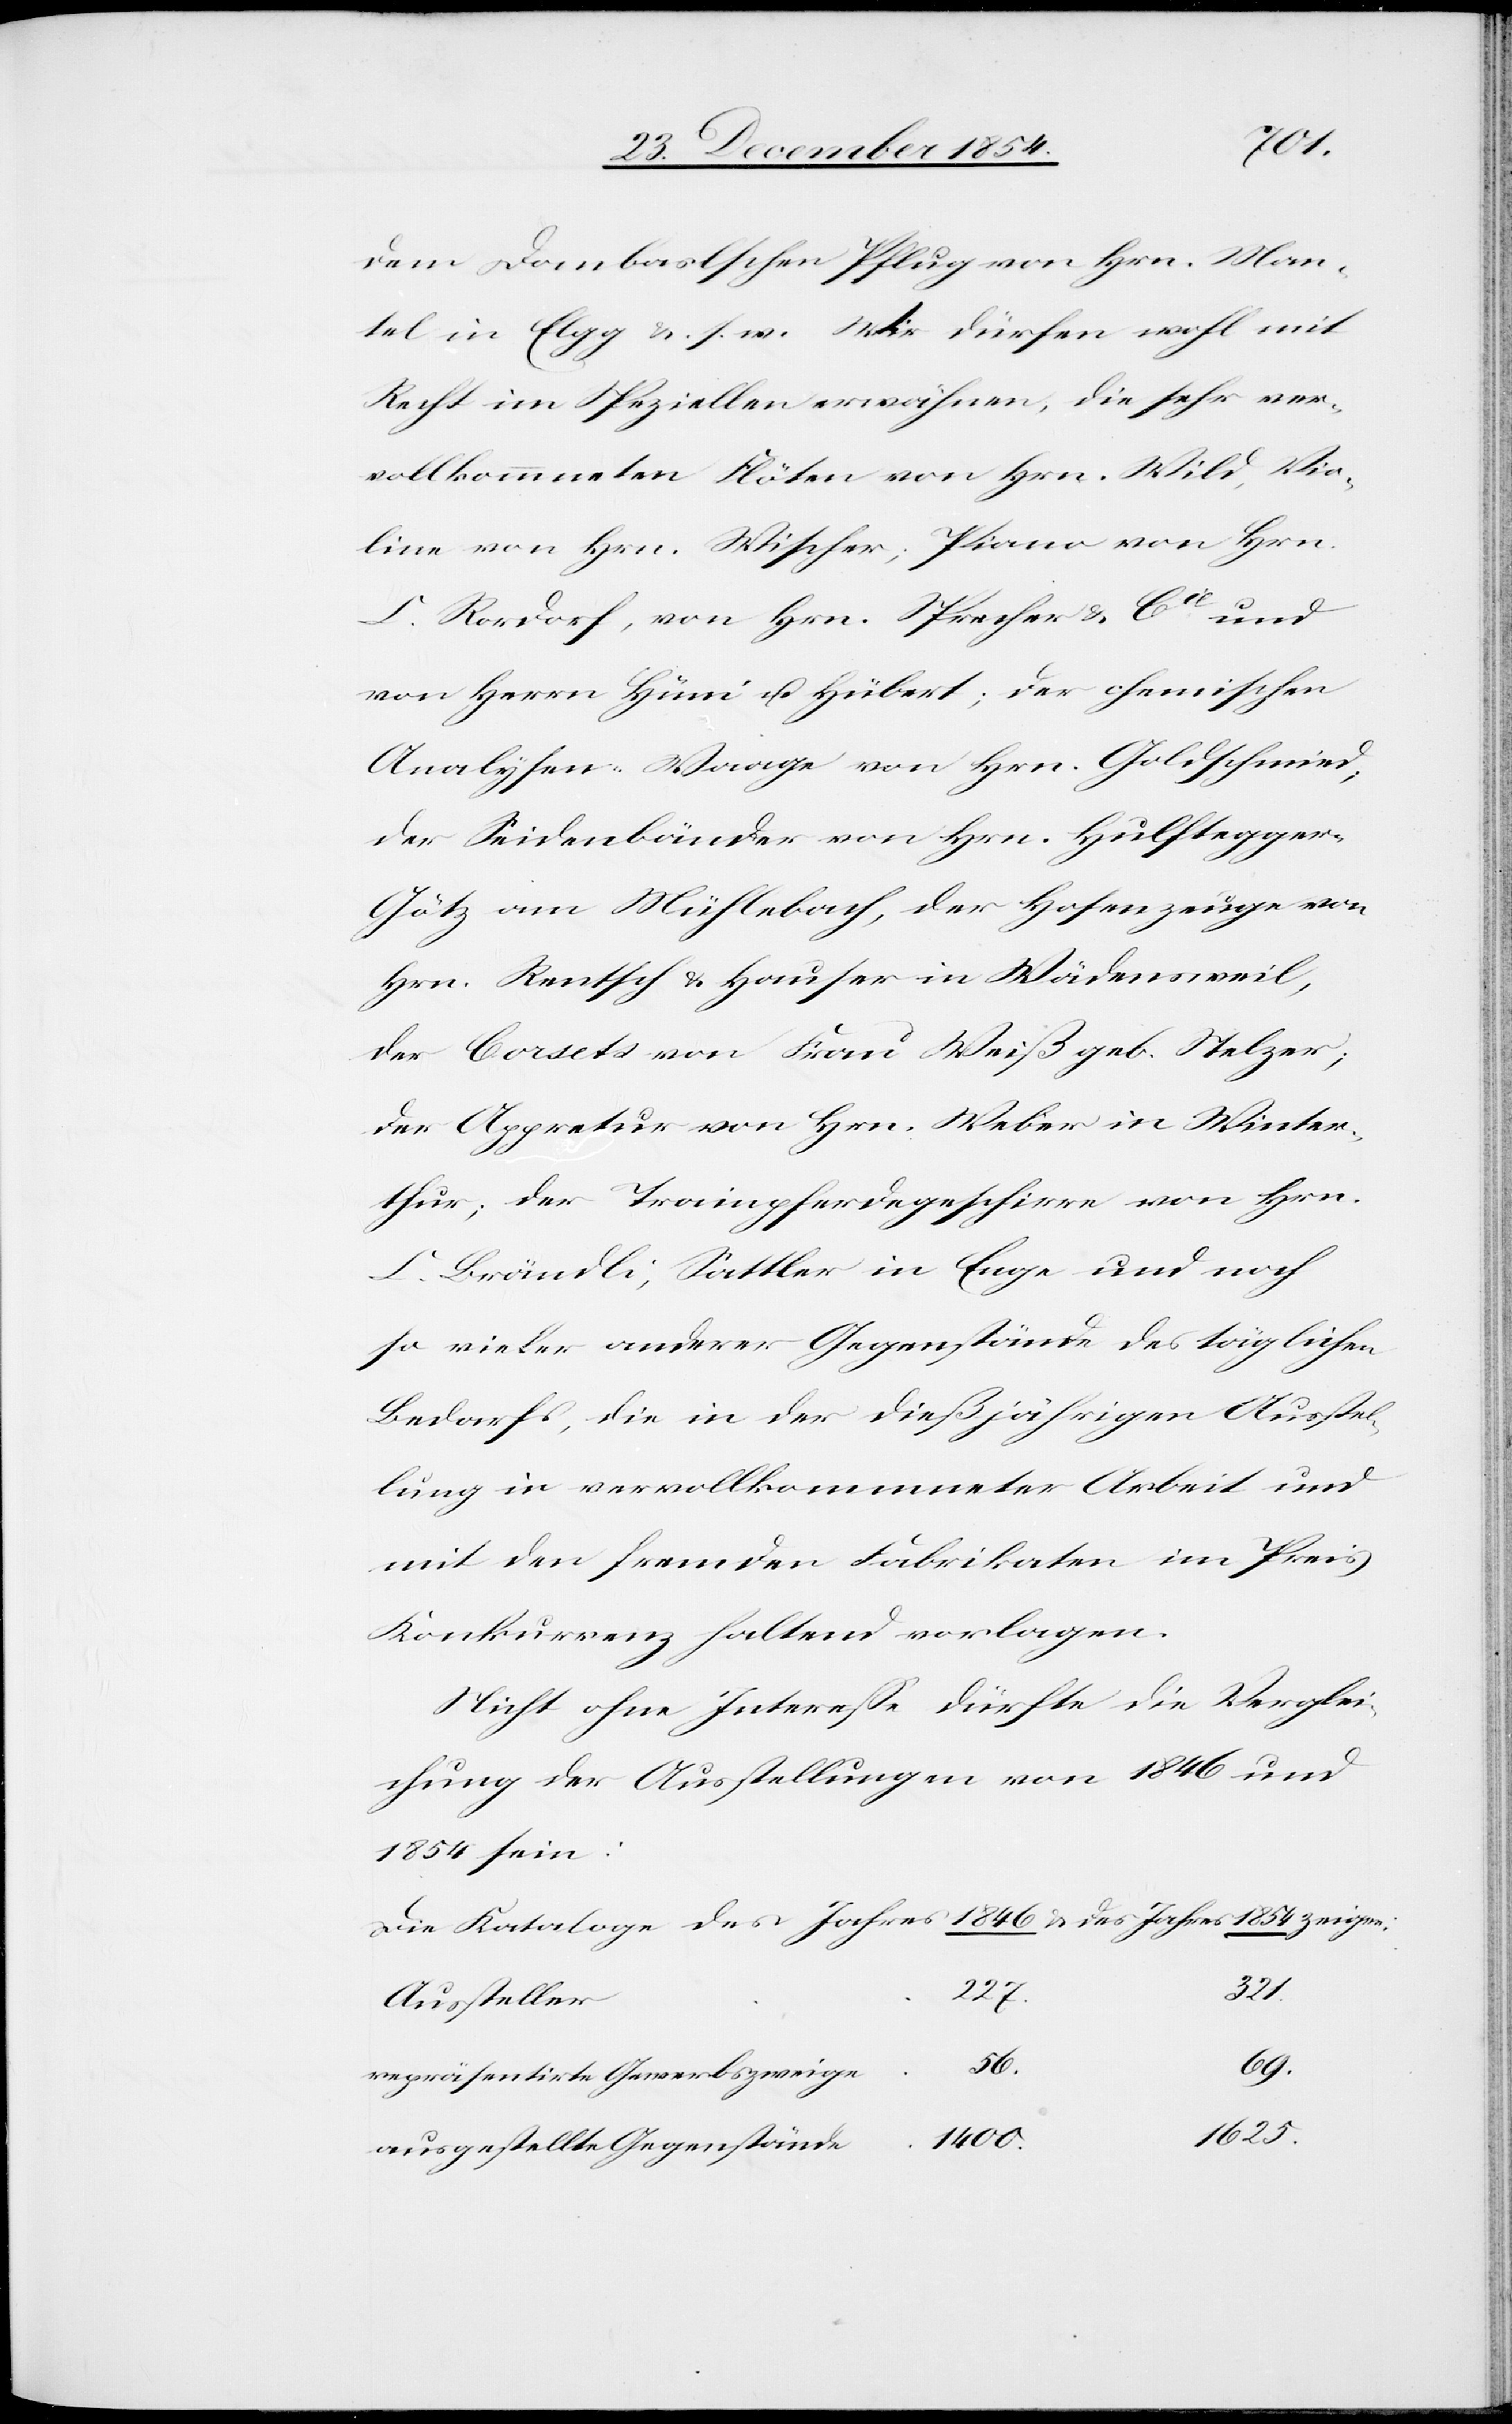
zeigen:
des Jahres 1854
dem Dombaslschen Pflug von Hrn. Man¬
tel in Elgg u. s. w. Wir dürfen wohl mit
Recht im Speziellen erwähnen, die sehr ver¬
vollkommneten Flöten von Hrn. Wild, Vio¬
line von Hrn. Wischer; Piano von Hrn.
C. Rordorf, von Hrn. Sprecher & Cie und
von Herrn Hüni u. Hübert; der chemischen
Analysen-Waage von Hrn. Goldschmied;
der Seidenbänder von Hrn. Hulftegge¬
r-Götz am Mühlebach, der Hosenzeuge von
Hrn. Rentsch & Hauser in Wädensweil,
der Corsets von Frau Weiß geb. Stelzer;
der Appretur von Hrn. Weber in Winter¬
thur; der Trainpferdegeschirre von Hrn.
C. Brändli, Sattler in Enge und noch
so vieler andere Gegenstände des täglichen
Bedarfs, die in der dießjährigen Ausstel¬
lung in vervollkommneter Arbeit und
mit den fremden Fabrikaten im Preis
Konkurrenz haltend vorlagen.
Nicht ohne Intereße dürfte die Verglei¬
chung der Ausstellungen von 1846 und
1854 sein:
321.
227.
Aussteller
69.
56.
repräsentirte Gewerbszweige
1625.
1400.
ausgestellte Gegenstände